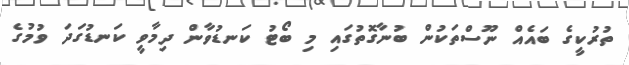
ތުރުކީގެ ބައެއް ނޫސްތަކުން ބުނާގޮތުގައި މި ބޯޓު ކަނޑުވާން ދިމާވީ ކަނޑުގަދަ ވުމުގެ